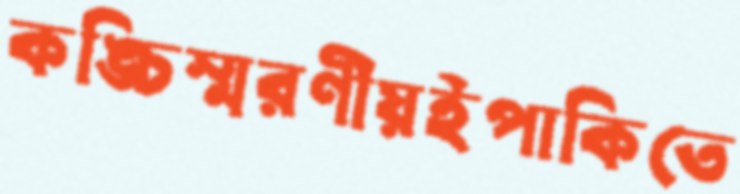
কঙ্চিস্মরণীয়ইপাকিতে